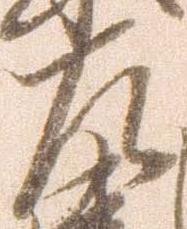
左